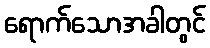
ရောက်သောအခါတွင်